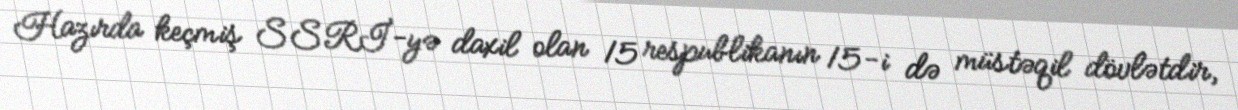
Hazırda keçmiş SSRİ-yə daxil olan 15 respublikanın 15-i də müstəqil dövlətdir,